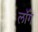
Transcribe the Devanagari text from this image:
लॉँग